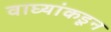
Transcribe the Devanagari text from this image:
वाघ्यांकडून